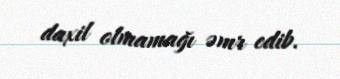
daxil olmamağı əmr edib.